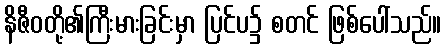
နိဇီဝတို့၏ကြီးမားခြင်းမှာ ပြင်ပ၌ စတင် ဖြစ်ပေါ်သည်။